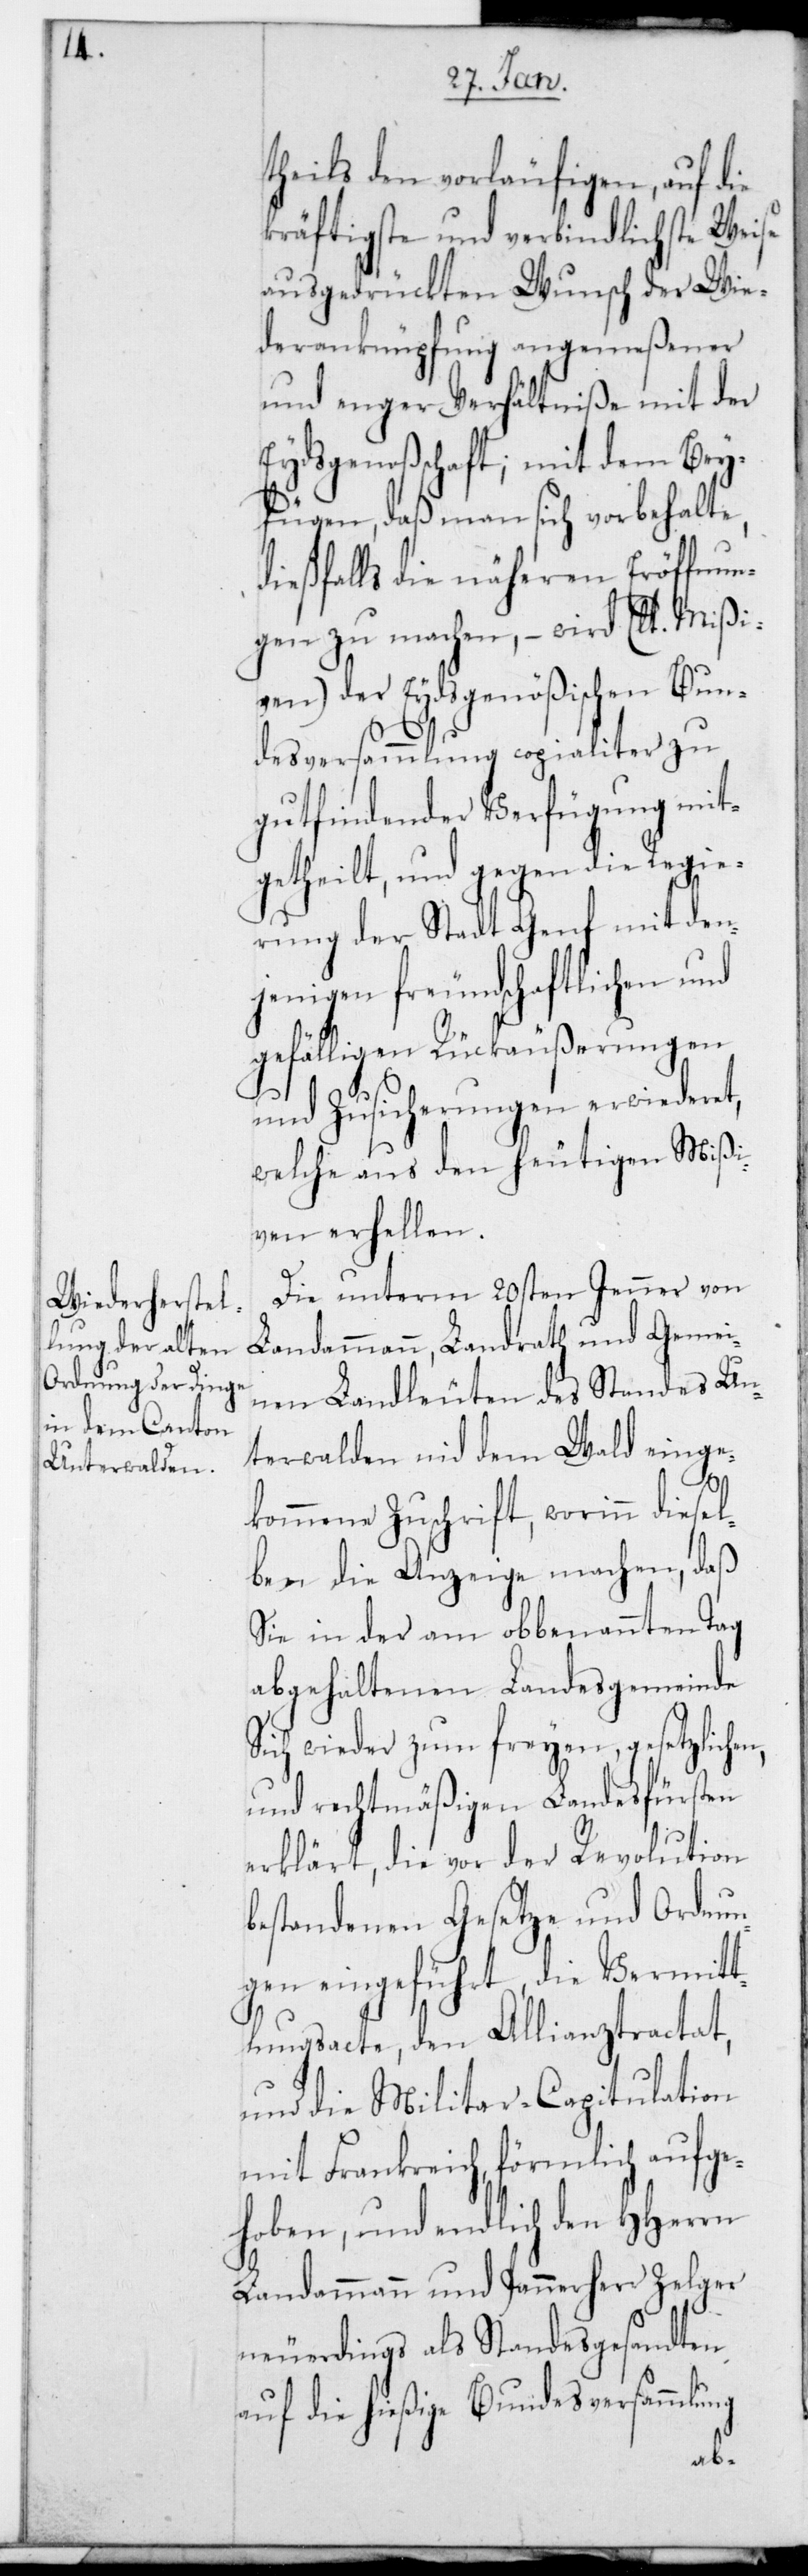
theils den vorläufigen, auf die
kräftigste und verbindlichste Weise
ausgedrückten Wunsch der Wie¬
deranknüpfung angemeßener
und enger Verhältniße mit der
Eydsgenoßenschaft; mit dem Bey¬
fügen, daß man sich vorbehalte,
dießfalls die näheren Eröffnun¬
gen zu machen, – wird (lt. Mißi¬
ven) der Eydsgenößischen Bun¬
desversammlung copialiter zu
gut findender Verfügung mit¬
getheilt, und gegen die Regie¬
rung der Stadt Genf mit den¬
jenigen freundschaftlichen und
gefälligen Rückäußerungen
und Zusicherungen erwideret,
welche aus den heutigen Mißi¬
ven erhellen.
Die unterm 20sten Jenner von
Landammann, Landrath und gemei¬
nen Landleuten des Standes Un¬
terwalden nid dem Wald einge¬
kommene Zuschrift, worinn diesel¬
ben die Anzeige machen, daß
sie in der am obbenannten Tag
abgehaltenen Landsgemeinde
sich wieder zum freyen, gesetzlichen
und rechtmäßigen Landesfürsten
erklärt, die vor der Revolution
bestandenen Gesetze und Ordnun¬
gen eingeführt, die Vermitt¬
lungsacte, den Allianztractat
und die Militaircapitulation
mit Frankreich förmlich aufge¬
hoben, und endlich den HHerrn
Landammann und Pannerherr Zelger
neuerdings als Standesgesandten
auf die hießige Bundesversammlung